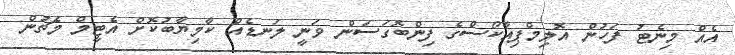
އެއް މިނެޓު ފަހުން އޮލިމްޕިއާކޯސްގެ ފިންބޮގަސަން ވަނީ ލަނޑެއް ކާމިޔާބުކޮށް އެޓީމް މެޗުން